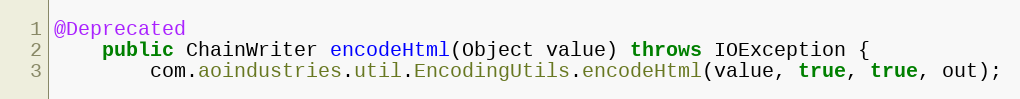
Language: Java
@Deprecated
	public ChainWriter encodeHtml(Object value) throws IOException {
		com.aoindustries.util.EncodingUtils.encodeHtml(value, true, true, out);